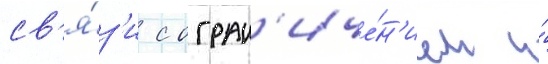
св'я́з'и с огран'иче́н'ием и́